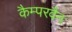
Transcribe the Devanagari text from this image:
कैम्परवैन